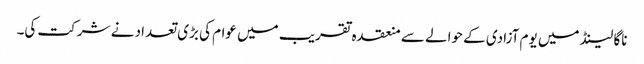
ناگا لینڈ میں یوم آزادی کے حوالے سے منعقدہ تقریب میں عوام کی بڑی تعداد نے شرکت کی۔